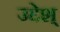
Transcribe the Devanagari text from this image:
उद्देश्